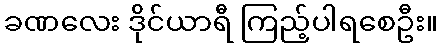
ခဏလေး ဒိုင်ယာရီ ကြည့်ပါရစေဦး။